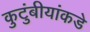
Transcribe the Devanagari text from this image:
कुटुंबीयांकडे